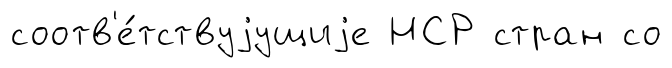
соотв'е́тствуjущиjе НСР стран со